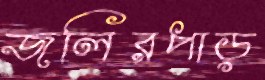
জলিরপাড়